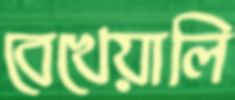
বেখেয়ালি